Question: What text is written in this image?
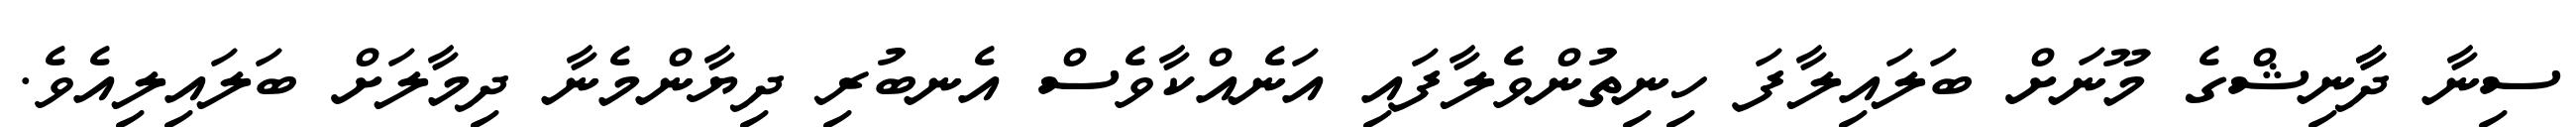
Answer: ސިނާ ދާާނިޝްގެ މޫނަށް ބަލައިލާފަ ހިނިތުންވެލާފައި އަނެއްކާވެސް އެނބުރި ދިޔާންމެނާ ދިމާލަށް ބަލައިލިއެވެ.